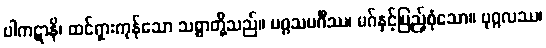
ပါကဋာနိ၊ ထင်ရှားကုန်သော သစ္စာတို့သည်။ မဂ္ဂသမင်္ဂီဿ၊ မဂ်နှင့်ပြည့်စုံသော။ ပုဂ္ဂလဿ၊